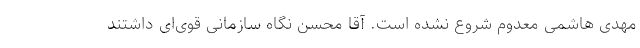
مهدی هاشمی معدوم شروع نشده است. آقا محسن نگاه سازمانی قوی‌ای داشتند